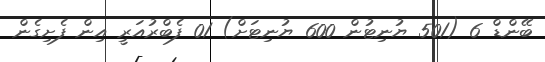
ބޭންޑް 6 (501 ޔުނިޓުން 600 ޔުނިޓަށް) 01 ފެބްރުއަރީ އިން ފެށިގެން